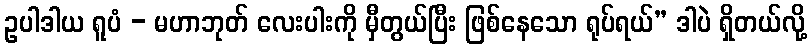
ဥပါဒါယ ရူပံ - မဟာဘုတ် လေးပါးကို မှီတွယ်ပြီး ဖြစ်နေသော ရုပ်ရယ်” ဒါပဲ ရှိတယ်လို့